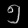
Digit: ၅